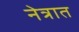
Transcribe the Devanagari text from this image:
नेत्रात